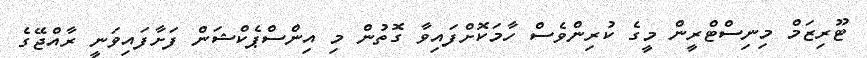
ޓޫރިޒަމް މިނިސްޓްރީން މީގެ ކުރިންވެސް ހާމަކޮށްފައިވާ ގޮތުން މި އިންސްޕެކްޝަން ފަށާފައިވަނީ ރާއްޖޭގެ